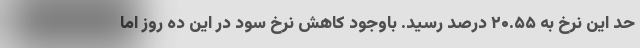
حد این نرخ به ۲۰.۵۵ درصد رسید. باوجود کاهش نرخ سود در این ده روز اما